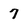
Character: 7